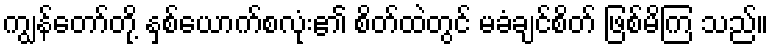
ကျွန်တော်တို့ နှစ်ယောက်စလုံး၏ စိတ်ထဲတွင် မခံချင်စိတ် ဖြစ်မိကြ သည်။